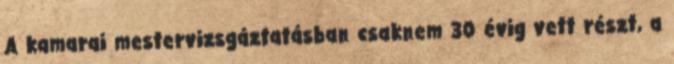
A kamarai mestervizsgáztatásban csaknem 30 évig vett részt, a